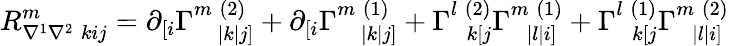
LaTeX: R_{\nabla^{1}\nabla^{2}\; kij}^{m}=\partial_{[i}\Gamma_{\; \; \; |k|j]}^{m\; (2)}+\partial_{[i}\Gamma_{\; \; \; |k|j]}^{m\; (1)}+\Gamma_{\; \; k[j}^{l\; (2)}\Gamma_{\; \; |l|i]}^{m\; (1)}+\Gamma_{\; \; k[j}^{l\; (1)}\Gamma_{\; \; |l|i]}^{m\; (2)}